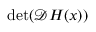
\operatorname* { d e t } ( \mathcal { D } \boldsymbol { H } ( \boldsymbol { x } ) )